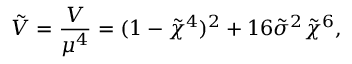
\tilde { V } = \frac { V } { \mu ^ { 4 } } = ( 1 - \tilde { \chi } ^ { 4 } ) ^ { 2 } + 1 6 \tilde { \sigma } ^ { 2 } \tilde { \chi } ^ { 6 } ,